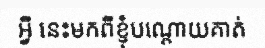
អ្វី នេះមកពីខ្ញុំបណ្តោយគាត់